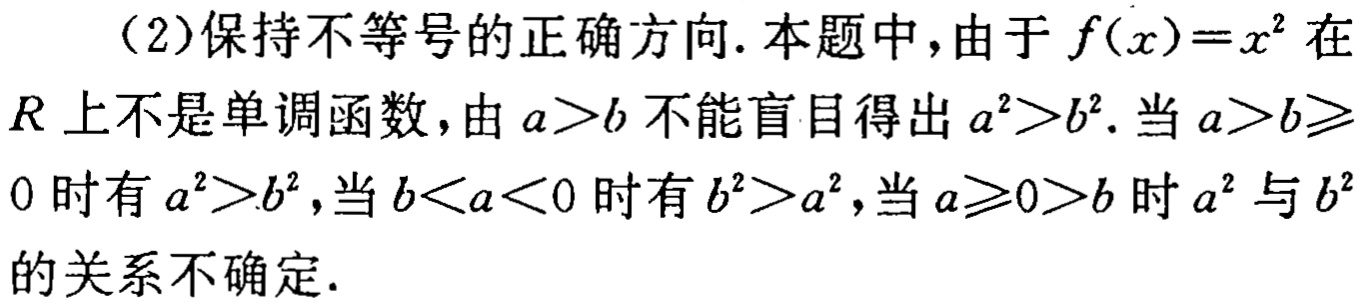
（2）保持不等号的正确方向. 本题中，由于\(f(x)=x^{2}\)在\(R\)上不是单调函数，由\(a > b\)不能盲目得出\(a^{2}>b^{2}\). 当\(a > b\geqslant0\)时有\(a^{2}>b^{2}\)，当\(b < a < 0\)时有\(b^{2}>a^{2}\)，当\(a\geqslant0>b\)时\(a^{2}\)与\(b^{2}\)的关系不确定.